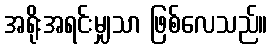
အရိုးအရင်းမျှသာ ဖြစ်လေသည်။